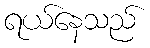
ရယ်နေသည်